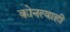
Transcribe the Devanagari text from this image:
कोनत्याही